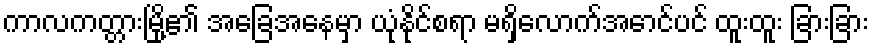
ကာလကတ္တားမြို့၏ အခြေအနေမှာ ယုံနိုင်စရာ မရှိလောက်အောင်ပင် ထူးထူး ခြားခြား